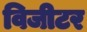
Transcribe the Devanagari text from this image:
विजीटर